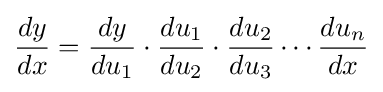
{\frac {dy}{dx}}={\frac {dy}{du_{1}}}\cdot {\frac {du_{1}}{du_{2}}}\cdot {\frac {du_{2}}{du_{3}}}\cdots {\frac {du_{n}}{dx}}